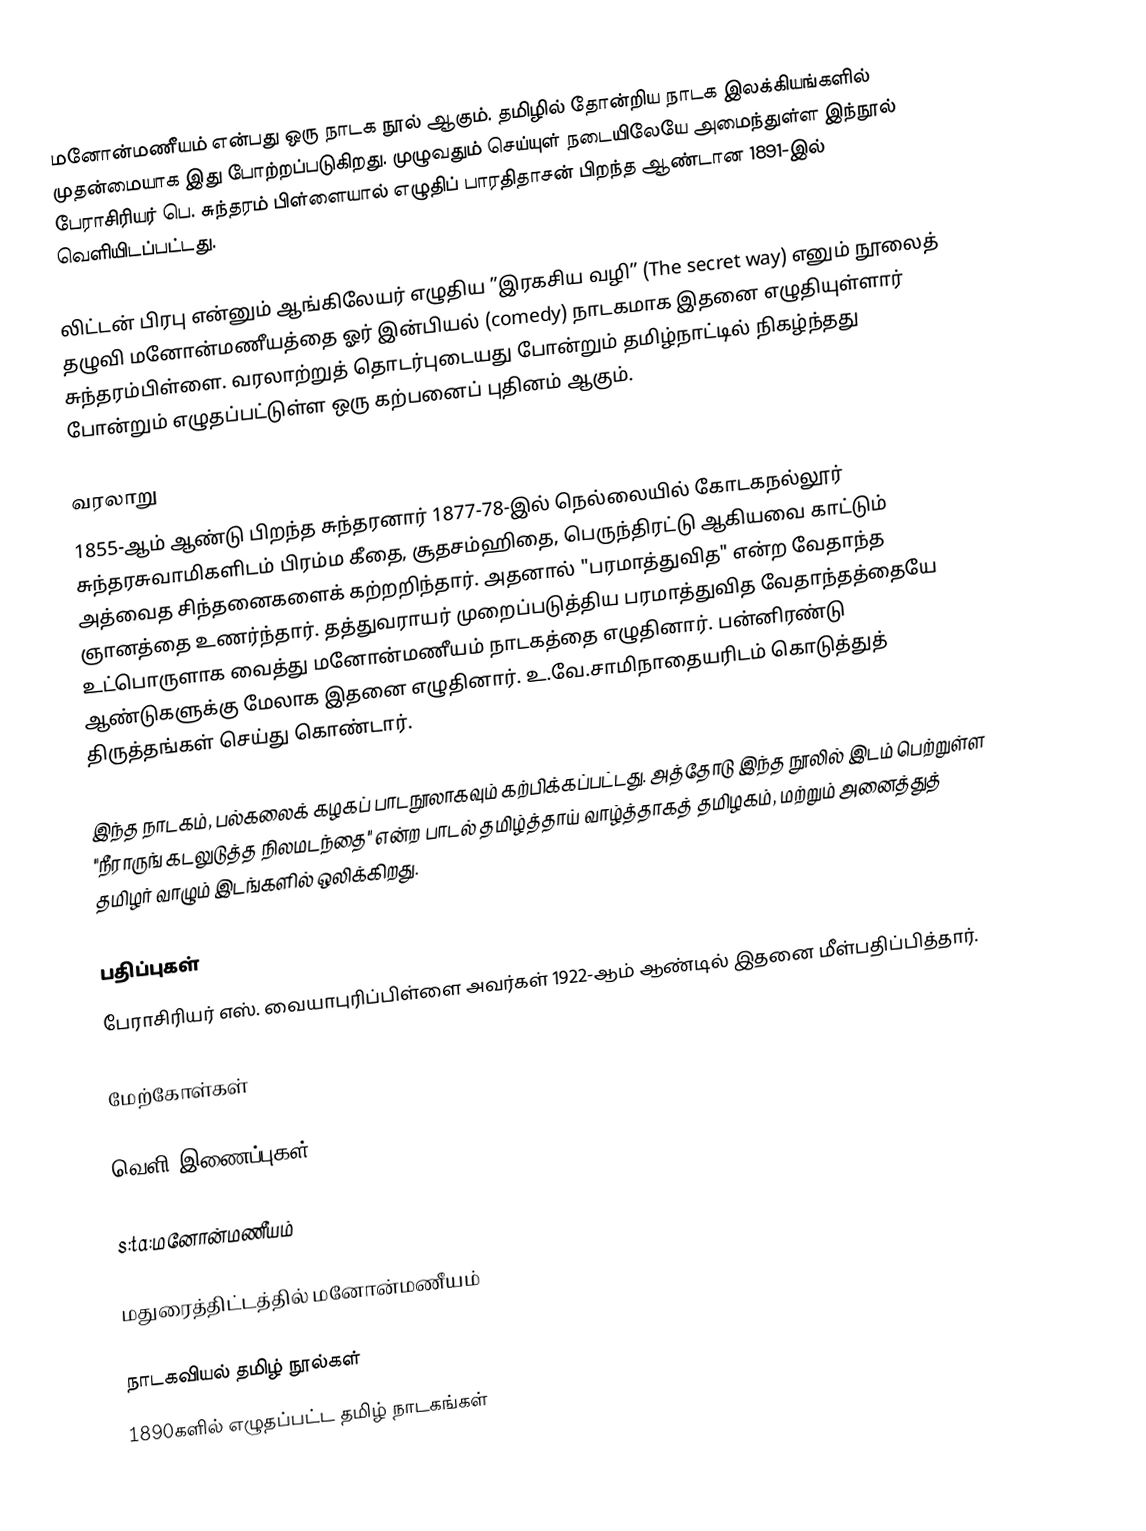
மனோன்மணீயம் என்பது ஒரு நாடக நூல் ஆகும். தமிழில் தோன்றிய நாடக இலக்கியங்களில் முதன்மையாக இது போற்றப்படுகிறது. முழுவதும் செய்யுள் நடையிலேயே அமைந்துள்ள இந்நூல் பேராசிரியர் பெ. சுந்தரம் பிள்ளையால் எழுதிப் பாரதிதாசன் பிறந்த ஆண்டான 1891-இல் வெளியிடப்பட்டது.

லிட்டன் பிரபு என்னும் ஆங்கிலேயர் எழுதிய ”இரகசிய வழி” (The secret way) எனும் நூலைத் தழுவி மனோன்மணீயத்தை ஓர் இன்பியல் (comedy) நாடகமாக இதனை எழுதியுள்ளார் சுந்தரம்பிள்ளை. வரலாற்றுத் தொடர்புடையது போன்றும் தமிழ்நாட்டில் நிகழ்ந்தது போன்றும் எழுதப்பட்டுள்ள ஒரு கற்பனைப் புதினம் ஆகும்.

வரலாறு
1855-ஆம் ஆண்டு பிறந்த சுந்தரனார் 1877-78-இல் நெல்லையில் கோடகநல்லூர் சுந்தரசுவாமிகளிடம் பிரம்ம கீதை, சூதசம்ஹிதை, பெருந்திரட்டு ஆகியவை காட்டும் அத்வைத சிந்தனைகளைக் கற்றறிந்தார். அதனால் "பரமாத்துவித" என்ற வேதாந்த ஞானத்தை உணர்ந்தார். தத்துவராயர் முறைப்படுத்திய பரமாத்துவித வேதாந்தத்தையே உட்பொருளாக வைத்து மனோன்மணீயம் நாடகத்தை எழுதினார். பன்னிரண்டு ஆண்டுகளுக்கு மேலாக இதனை எழுதினார். உ.வே.சாமிநாதையரிடம் கொடுத்துத் திருத்தங்கள் செய்து கொண்டார்.

இந்த நாடகம், பல்கலைக் கழகப் பாடநூலாகவும் கற்பிக்கப்பட்டது. அத்தோடு இந்த நூலில் இடம் பெற்றுள்ள "நீராருங் கடலுடுத்த நிலமடந்தை" என்ற பாடல் தமிழ்த்தாய் வாழ்த்தாகத் தமிழகம், மற்றும் அனைத்துத் தமிழர் வாழும் இடங்களில் ஒலிக்கிறது.

பதிப்புகள்
பேராசிரியர் எஸ். வையாபுரிப்பிள்ளை அவர்கள் 1922-ஆம் ஆண்டில் இதனை மீள்பதிப்பித்தார்.

மேற்கோள்கள்

வெளி இணைப்புகள்

s:ta:மனோன்மணீயம்

மதுரைத்திட்டத்தில் மனோன்மணீயம்

நாடகவியல் தமிழ் நூல்கள்
1890களில் எழுதப்பட்ட தமிழ் நாடகங்கள்